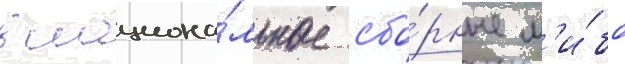
в национа́льные сбо́рные л'и́бо